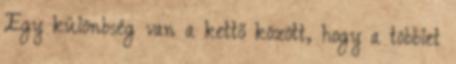
Egy különbség van a kettő között, hogy a többlet